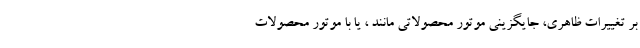
بر تغییرات ظاهری، جایگزینی موتور محصولاتی مانند ، یا با موتور محصولات